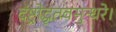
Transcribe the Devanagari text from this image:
दंष्ट्रोद्धृतवसुन्धरे।